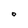
Character: O